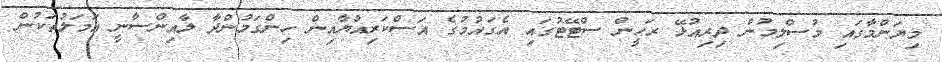
މިޔަންމާގައި މުސްލިމުން ދިރިއުޅޭ ރަހީން ސްޓޭޓުގައި އެގައުމުގެ އަސްކަރިއްޔާއިން ހިންގަމުންދާ ލާއިންސާނީ އަމަލުތަކުން